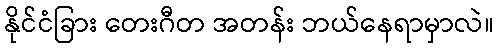
နိုင်ငံခြား တေးဂီတ အတန်း ဘယ်နေရာမှာလဲ။